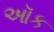
ઑક